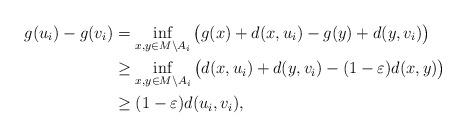
LaTeX: \begin{align*} g(u_i)-g(v_i)&=\inf_{x,y\in M\setminus A_i}\big(g(x)+d(x,u_i)-g(y)+d(y,v_i)\big)\\ &\ge\inf_{x,y\in M\setminus A_i}\big(d(x,u_i)+d(y,v_i)-(1-\varepsilon)d(x,y)\big)\\ &\ge (1-\varepsilon)d(u_i,v_i),\end{align*}